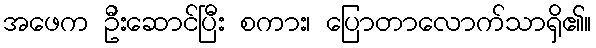
အဖေက ဦးဆောင်ပြီး စကား၊ ပြောတာလောက်သာရှိ၏။